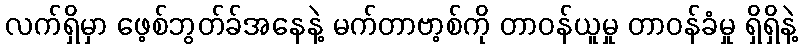
လက်ရှိမှာ ဖေ့စ်ဘွတ်ခ်အနေနဲ့ မက်တာဗာ့စ်ကို တာဝန်ယူမှု တာဝန်ခံမှု ရှိရှိနဲ့